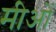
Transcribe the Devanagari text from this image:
मीओं